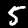
Digit: 5